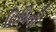
વિધિની